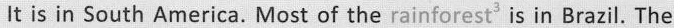
It is in South America. Most of the rainforest' is in Brazil. The